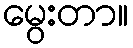
မွေးတာ။